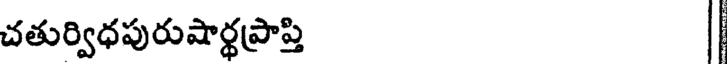
చతుర్విధపురుషార్థప్రాప్తి |